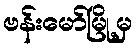
ဗန်းမော်မြို့မှ